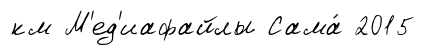
км М'ед'иафайлы Сама́ 2015